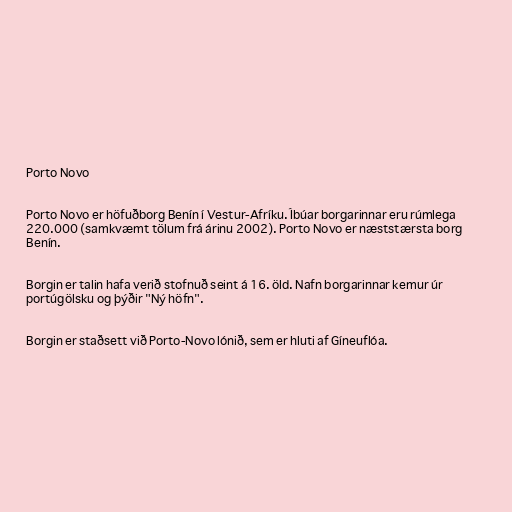
Porto Novo

Porto Novo er höfuðborg Benín í Vestur-Afríku. Íbúar borgarinnar eru rúmlega
220.000 (samkvæmt tölum frá árinu 2002). Porto Novo er næststærsta borg
Benín.

Borgin er talin hafa verið stofnuð seint á 16. öld. Nafn borgarinnar kemur úr
portúgölsku og þýðir "Ný höfn".

Borgin er staðsett við Porto-Novo lónið, sem er hluti af Gíneuflóa.